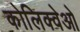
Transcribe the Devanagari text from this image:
कोलिक्वेओ